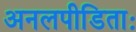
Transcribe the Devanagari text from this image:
अनलपीडिताः